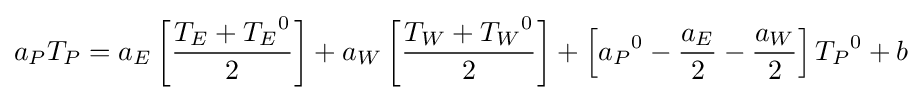
a_{P}T_{P}=a_{E}\left[{\frac {T_{E}+{T_{E}}^{0}}{2}}\right]+a_{W}\left[{\frac {T_{W}+{T_{W}}^{0}}{2}}\right]+\left[{a_{P}}^{0}-{\frac {a_{E}}{2}}-{\frac {a_{W}}{2}}\right]{T_{P}}^{0}+b